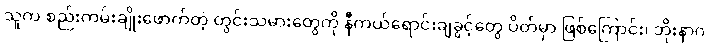
သူက စည်းကမ်းချိုးဖောက်တဲ့ တွင်းသမားတွေကို နီကယ်ရောင်းချခွင့်တွေ ပိတ်မှာ ဖြစ်ကြောင်း၊ ဘိုးနာဂ